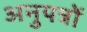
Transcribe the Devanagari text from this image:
अनुपत्रों